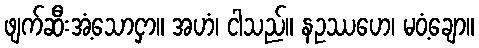
ဖျက်ဆီးအံ့သောငှာ။ အဟံ၊ ငါသည်။ နဥဿဟေ၊ မဝံ့ချော။